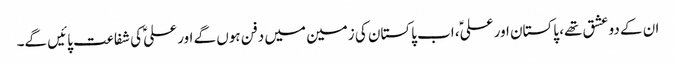
ان کے دو عشق تھے، پاکستان اور علیؑ، اب پاکستان کی زمین میں دفن ہوں گے اور علیؑ کی شفاعت پائیں گے۔